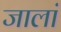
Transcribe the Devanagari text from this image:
जालां